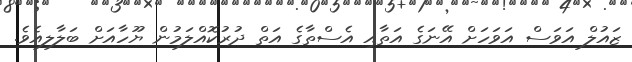
ޒައުލް އަވަސް އަވަހަށް އޭނަގެ އަތާއި އެސްތާގެ އަތް ދުރުކޮއްލަމުން ޔޫހާއަށް ބަލާލިއެވެ.